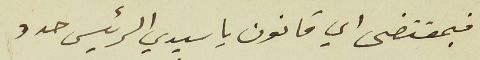
فبمقتضى اي قانون ياسيدي الرئيس حدد